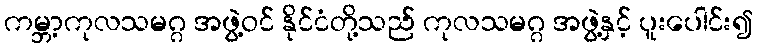
ကမ္ဘာ့ကုလသမဂ္ဂ အဖွဲ့ဝင် နိုင်ငံတို့သည် ကုလသမဂ္ဂ အဖွဲ့နှင့် ပူးပေါင်း၍